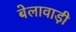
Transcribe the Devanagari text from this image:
बेलावाड़ी